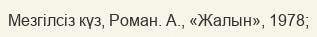
Мезгілсіз күз, Роман. А., «Жалын», 1978;